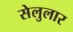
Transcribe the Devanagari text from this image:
सेलुलार